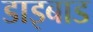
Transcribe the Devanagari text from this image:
डाइबाड